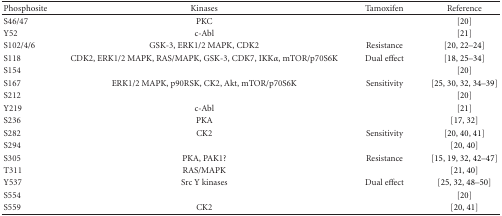
<table><thead><tr><td><b>Phosphosite</b></td><td><b>Kinases</b></td><td><b>Tamoxifen</b></td><td><b>Reference</b></td></tr></thead><tbody><tr><td>S46/47</td><td>PKC</td><td></td><td>[20]</td></tr><tr><td>Y52</td><td>c-Abl</td><td></td><td>[21]</td></tr><tr><td>S102/4/6</td><td>GSK-3, ERK1/2 MAPK, CDK2</td><td>Resistance</td><td>[20, 22–24]</td></tr><tr><td>S118</td><td>CDK2, ERK1/2 MAPK, RAS/MAPK, GSK-3, CDK7, IKK<i>α</i>, mTOR/p70S6K</td><td>Dual effect</td><td>[18, 25–34]</td></tr><tr><td>S154</td><td></td><td></td><td>[20]</td></tr><tr><td>S167</td><td>ERK1/2 MAPK, p90RSK, CK2, Akt, mTOR/p70S6K</td><td>Sensitivity</td><td>[25, 30, 32, 34–39]</td></tr><tr><td>S212</td><td></td><td></td><td>[20]</td></tr><tr><td>Y219</td><td>c-Abl</td><td></td><td>[21]</td></tr><tr><td>S236</td><td>PKA</td><td></td><td>[17, 32]</td></tr><tr><td>S282</td><td>CK2</td><td>Sensitivity</td><td>[20, 40, 41]</td></tr><tr><td>S294</td><td></td><td></td><td>[20, 40]</td></tr><tr><td>S305</td><td>PKA, PAK1?</td><td>Resistance</td><td>[15, 19, 32, 42–47]</td></tr><tr><td>T311</td><td>RAS/MAPK</td><td></td><td>[21, 40]</td></tr><tr><td>Y537</td><td>Src Y kinases</td><td>Dual effect</td><td>[25, 32, 48–50]</td></tr><tr><td>S554</td><td></td><td></td><td>[20]</td></tr><tr><td>S559</td><td>CK2</td><td></td><td>[20, 41]</td></tr></tbody></table>